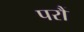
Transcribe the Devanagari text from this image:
परौं